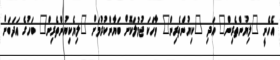
އެހެނީ "ލިޔުންތެރިން" އަދި "ކިޔުންތެރިން" ވާހަކަ ޖުމުލަކޮށް ބަޔާންކުރުމަށް "ލިޔެކިޔުންތެރިން" ބަހުގެ އަދަބަށް